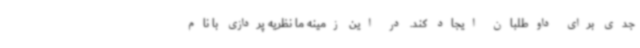
جدی برای داوطلبان ایجاد کند. در این زمینه ما نظریه پردازی با نام